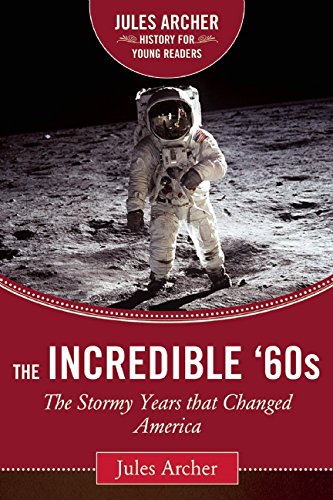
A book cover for The Incredible '60s: The Stormy Years That Changed America (Jules Archer History for Young Readers); Jules Archer; Children's Books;